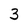
Character: 3